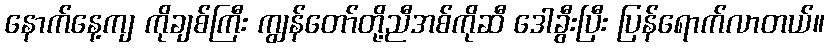
နောက်နေ့ကျ ကိုချစ်ကြီး ကျွန်တော်တို့ညီအစ်ကိုဆီ ဒေါခွီးပြီး ပြန်ရောက်လာတယ်။